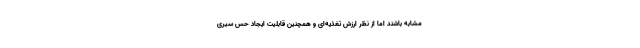
مشابه باشند اما از نظر ارزش تغذیه‌ای و همچنین قابلیت ایجاد حس سیری